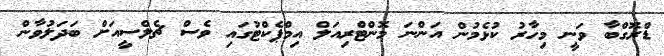
ޑްރޮގްބާ ވަނީ މިހާރު ކުޅެމުން އަންނަ މޮންޓްރިއަލް އިމްޕެކްޓުގައި ވެސް ޗެލްސީއަށް ބަދަލުވާން